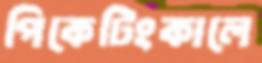
পিকেটিংকালে